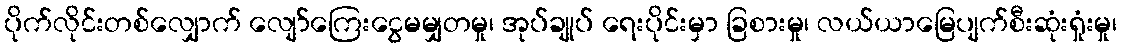
ပိုက်လိုင်းတစ်လျှောက် လျော်ကြေးငွေမမျှတမှု၊ အုပ်ချုပ် ရေးပိုင်းမှာ ခြစားမှု၊ လယ်ယာမြေပျက်စီးဆုံးရှုံးမှု၊